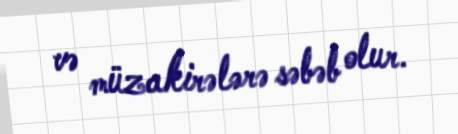
və müzakirələrə səbəb olur.